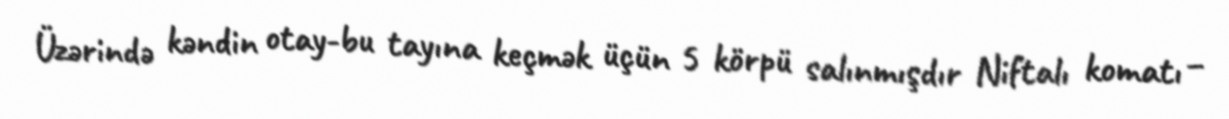
Üzərində kəndin otay-bu tayına keçmək üçün 5 körpü salınmışdır Niftalı komatı –